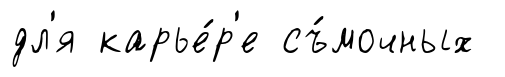
дл'я карье́р'е съ́мочных